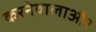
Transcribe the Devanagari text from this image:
करनेवालाऔर